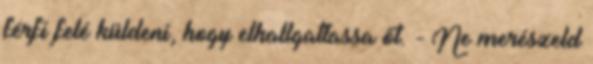
férfi felé küldeni, hogy elhallgattassa őt. - Ne merészeld